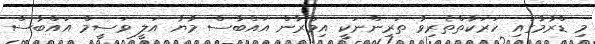
މި ޑްރާމާގައި ހަރަކާތްތެރިވާ ތަރިންނަކީ އިމްރާން އައްބާސް މާޔާ އަލީ ވަސީމް އައްބާސް